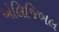
એલિજિબલ